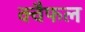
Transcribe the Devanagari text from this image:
क्वैफल